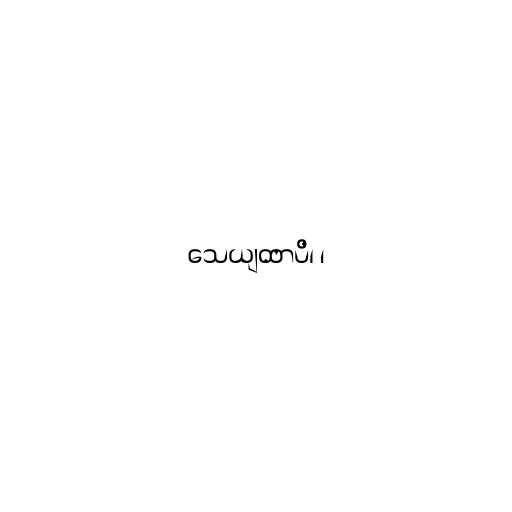
သေယျထာပိ၊ ၊